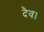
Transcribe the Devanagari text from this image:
दैव।